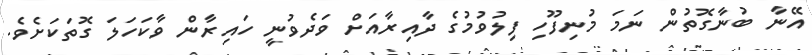
އޭނާ ބުނާގޮތުން ނަމަ މުނިފޫހި ފިލުވުމުގެ ދާއިރާއަށް ވަދެވުނީ ހައިރާން ވާކަހަލަ ގޮތަކަށެވެ.